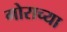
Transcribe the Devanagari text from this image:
गोराच्या